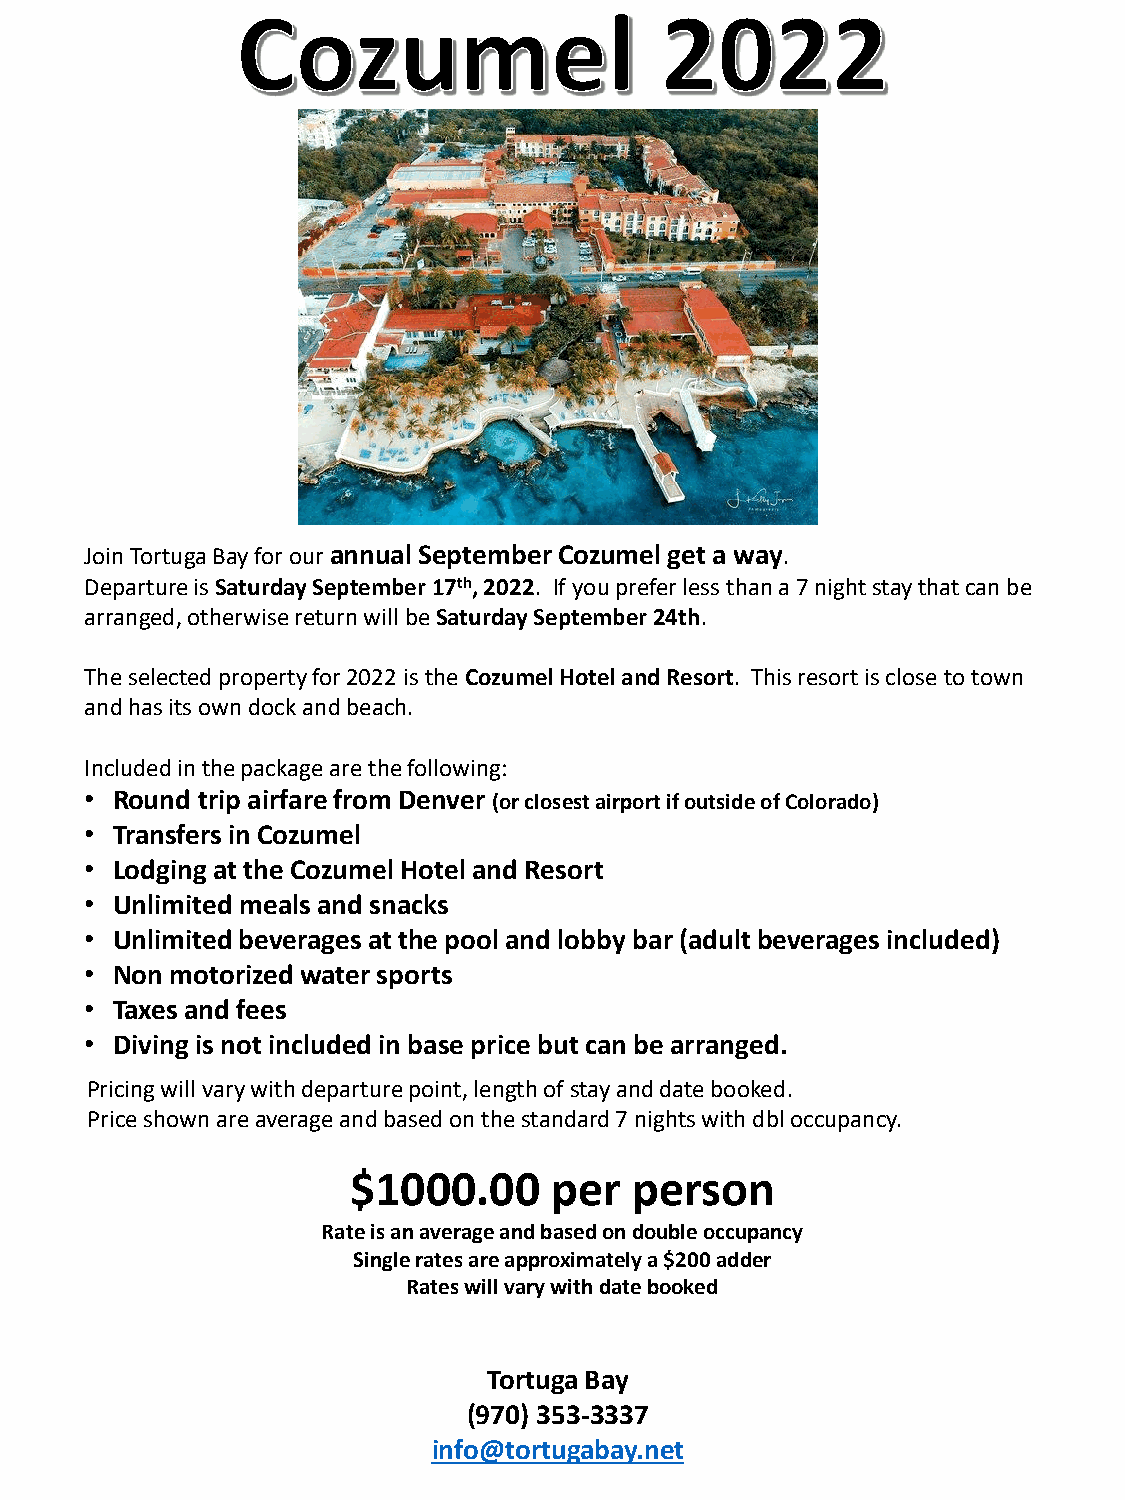
Join Tortuga Bay for our annual September Cozumel get a way.
 Departure is Saturday September 17th, 2022. If you prefer less than a 7 nightstay that can be
 arranged, otherwise return will be Saturday September 24th.
 The selected property for 2022 is the Cozumel Hotel and Resort. This resort is close to town
 and has its own dock and beach.
 Included in the package are the following:
 • Round trip airfare from Denver (or closest airport if outside of Colorado)
 • Transfers in Cozumel
 • Lodging at the Cozumel Hotel and Resort
 • Unlimited meals and snacks
 • Unlimited beverages at the pool and lobby bar (adult beverages included)
 • Non motorized water sports
 • Taxes and fees
 • Diving is not included in base price but can be arranged.
 Pricing will vary with departure point, length of stay and date booked.
 Price shown are average and based on the standard 7 nights with dbloccupancy.
 $1000.00     per   person
 Rate is an average and based on double occupancy
 Single rates are approximately a $200 adder
 Rates will vary with date booked
 Tortuga Bay
 (970) 353-3337
 info@tortugabay.net